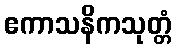
ဧကာသနိကသုတ္တံ